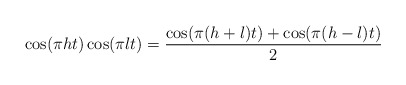
\begin{align*}\cos(\pi h t) \cos(\pi l t)= \frac{\cos(\pi(h+l)t)+\cos(\pi(h-l)t)}{2}\end{align*}